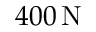
4 0 0 \, \mathrm { N }